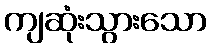
ကျဆုံးသွားသော